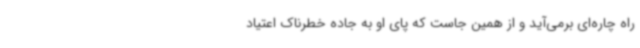
راه چاره‌ای برمی‌آید و از همین جاست که پای او به جاده خطرناک اعتیاد